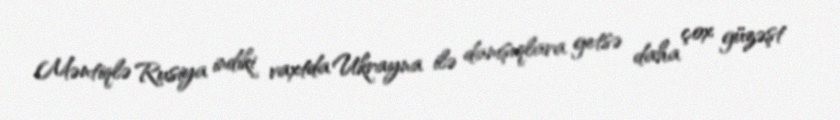
Məntiqlə Rusiya indiki vaxtda Ukrayna ilə danışıqlara getsə daha çox güzəşt